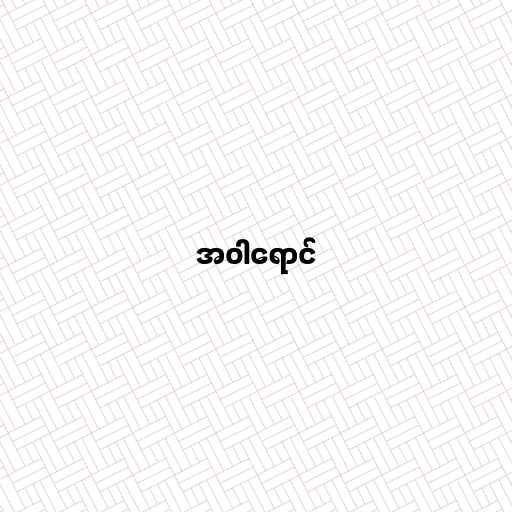
အဝါရောင်